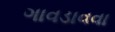
ગાવડાવવા